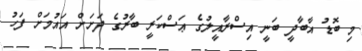
މި ބޮޑު އާބާދީ ބަނީ އިސްރާއީލުގެ ޢަސްކަރީ ބާރުގެ ދަށަށް އައުމަށް ފަހު